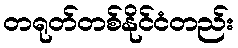
တရုတ်တစ်နိုင်ငံတည်း